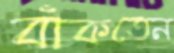
বাঁকতেন